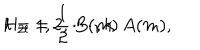
LaTeX: H _ { 2 l } = \frac { 1 } { 2 } \, B ( m ) \, A ( m ) , \hspace { 1 . 4 i n } l = 1 , 2 , \cdots , k .